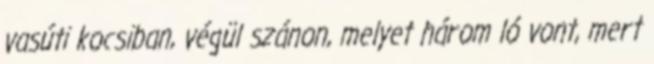
vasúti kocsiban, végül szánon, melyet három ló vont, mert